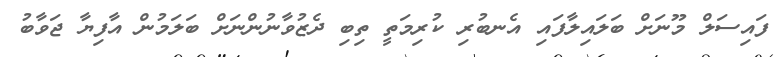
ފައިސަލް މޫނަށް ބަލައިލާފައި އެނބުރި ކުރިމަތީ ތިބި ދެޒުވާނުންނަށް ބަލަމުން އާފިޔާ ޖަވާބު